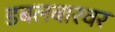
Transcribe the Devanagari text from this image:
डबलबारवर